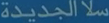
سلة-الجديدة